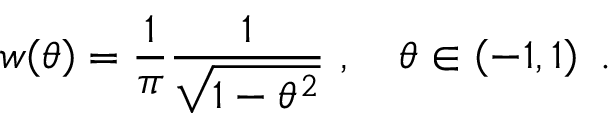
w \mathopen { } \mathclose \bgroup \left( \theta \aftergroup \egroup \right) = \frac { 1 } { \pi } \frac { 1 } { \sqrt { 1 - \theta ^ { 2 } } } ~ , \quad \theta \in \left( - 1 , 1 \right) ~ .